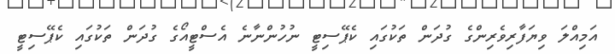
އަމިއްލަ ވިޔަފާރިވެރިންގެ ގުދަން ތަކުގައި ކެޕޭސިޓީ ނުހުންނާނެ އެސްޓީއޯގެ ގުދަން ތަކުގައި ކެޕޭސިޓީ